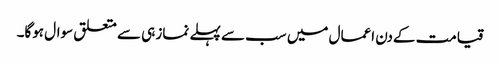
قیامت کےدن اعمال میں سب سے پہلے نماز ہی سے متعلق سوال ہوگا۔